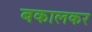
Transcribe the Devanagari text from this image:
बकालकर